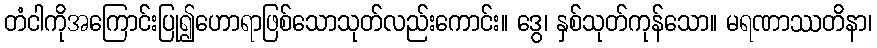
တံငါကိုအကြောင်းပြု၍ဟောရာဖြစ်သောသုတ်လည်းကောင်း။ ဒွေ၊ နှစ်သုတ်ကုန်သော။ မရဏာဿတိနာ၊